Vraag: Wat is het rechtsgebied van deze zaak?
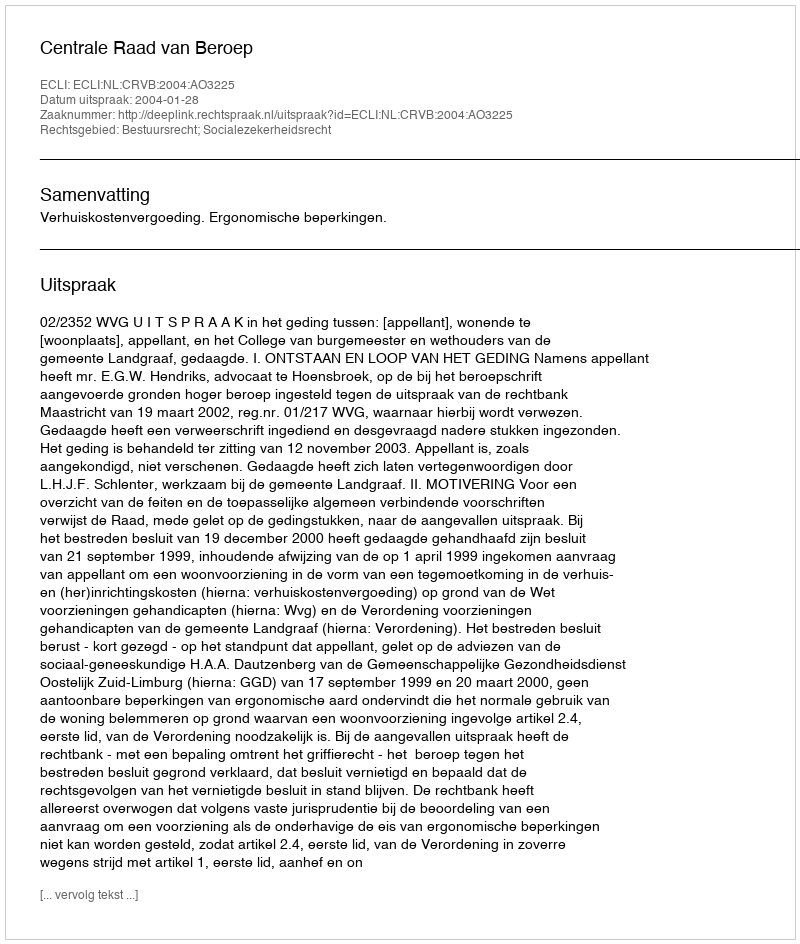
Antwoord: Bestuursrecht; Socialezekerheidsrecht